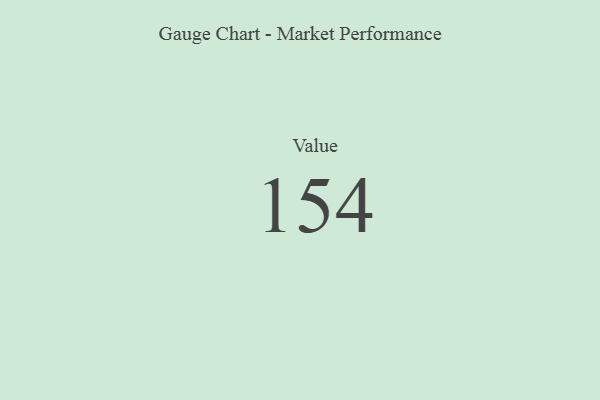
{"axis": {"x": "Metric", "y": "Value"}, "legend": [""], "data": [{"x": "Value", "y": 154, "type": ""}]}